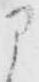
に